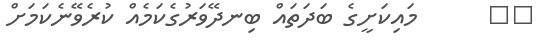
٢٥      މައިކަށީގެ ބަދަތައް ބިނދޭވަރުގެކަމެއް ކުރެވޭނެކަމަށް